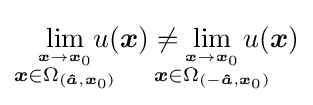
\lim _{\overset {{\boldsymbol {x}}\rightarrow {\boldsymbol {x}}_{0}}{{\boldsymbol {x}}\in \Omega _{({\boldsymbol {\hat {a}}},{\boldsymbol {x}}_{0})}}}\!\!\!\!\!\!u({\boldsymbol {x}})\neq \!\!\!\!\!\!\!\lim _{\overset {{\boldsymbol {x}}\rightarrow {\boldsymbol {x}}_{0}}{{\boldsymbol {x}}\in \Omega _{(-{\boldsymbol {\hat {a}}},{\boldsymbol {x}}_{0})}}}\!\!\!\!\!\!\!u({\boldsymbol {x}})